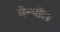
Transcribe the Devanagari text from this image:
मेन्थॉल